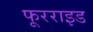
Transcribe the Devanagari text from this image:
फूरराइड